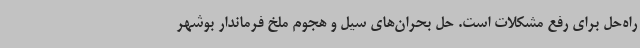
راه‌حل برای رفع مشکلات است. حل بحران‌های سیل و هجوم ملخ فرماندار بوشهر